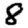
Digit: 8